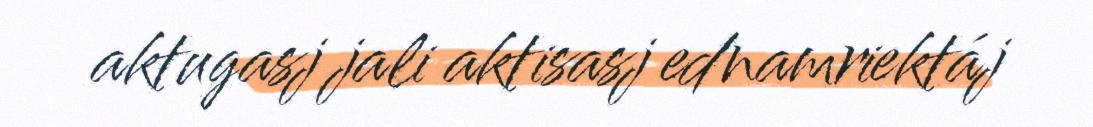
aktugasj jali aktisasj ednamriektáj